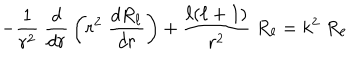
- { \frac { 1 } { r ^ { 2 } } } \; { \frac { d } { d r } } \left( r ^ { 2 } \; { \frac { d R _ { \ell } } { d r } } \right) + { \frac { \ell ( \ell + 1 ) } { r ^ { 2 } } } \; R _ { \ell } = k ^ { 2 } \; R _ { \ell }